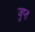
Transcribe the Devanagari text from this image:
जुप्त